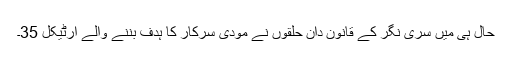
حال ہی میں سری نگر کے قانون دان حلقوں نے مودی سرکار کا ہدف بننے والے آرٹیکل 35۔